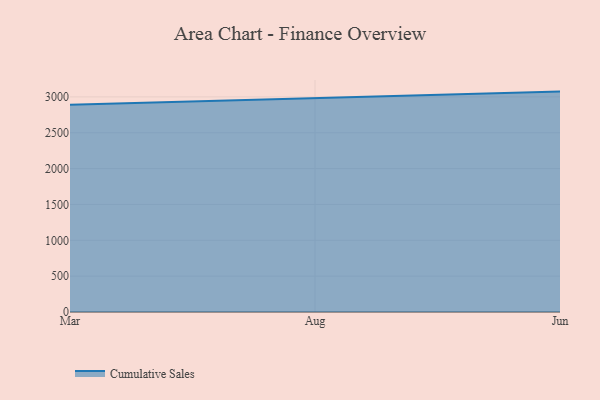
{"axis": {"x": "Month", "y": "Energy Usage (MWh)"}, "legend": ["Cumulative Sales"], "data": [{"x": "Mar", "y": 2889.6, "type": "Cumulative Sales"}, {"x": "Aug", "y": 2985.2, "type": "Cumulative Sales"}, {"x": "Jun", "y": 3073.9, "type": "Cumulative Sales"}]}